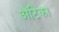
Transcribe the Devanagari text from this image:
अॅटिका